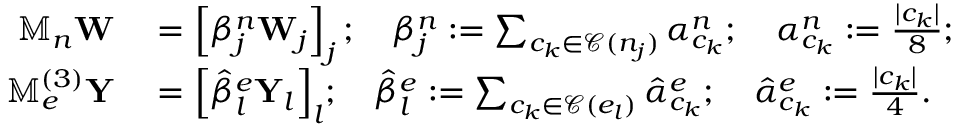
\begin{array} { r l } { \mathbb { M } _ { n } \mathbf { W } } & { { } = \left[ \beta _ { j } ^ { n } \mathbf { W } _ { j } \right] _ { j } ; \quad \beta _ { j } ^ { n } : = \sum _ { c _ { k } \in \mathcal { C } ( n _ { j } ) } \alpha _ { c _ { k } } ^ { n } ; \quad \alpha _ { c _ { k } } ^ { n } : = \frac { | c _ { k } | } { 8 } ; } \\ { \mathbb { M } _ { e } ^ { ( 3 ) } \mathbf { Y } } & { { } = { \Big [ } \hat { \beta } _ { l } ^ { e } \mathbf { Y } _ { l } { \Big ] } _ { l } ; \quad \hat { \beta } _ { l } ^ { e } : = \sum _ { c _ { k } \in \mathcal { C } ( e _ { l } ) } \hat { \alpha } _ { c _ { k } } ^ { e } ; \quad \hat { \alpha } _ { c _ { k } } ^ { e } : = \frac { | c _ { k } | } { 4 } . } \end{array}